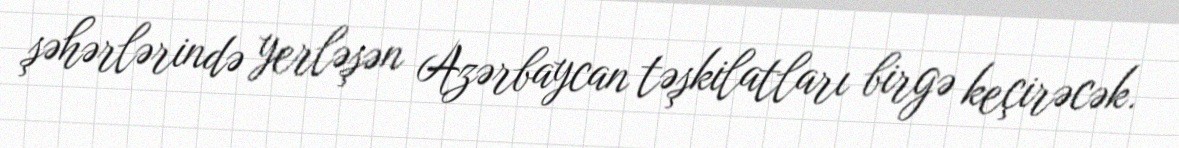
şəhərlərində yerləşən Azərbaycan təşkilatları birgə keçirəcək.